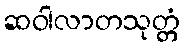
ဆဝါလာတသုတ္တံ